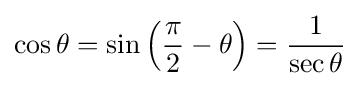
\cos \theta =\sin \left({\frac {\pi }{2}}-\theta \right)={\frac {1}{\sec \theta }}